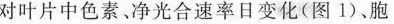
对叶片中色素，净光合速率日变化(图1)、胞